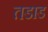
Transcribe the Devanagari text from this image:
तडाड